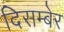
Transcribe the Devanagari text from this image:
दिसम्बेर